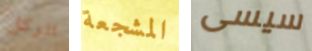
الركل المشجعة سيسى